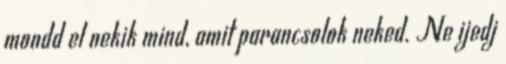
mondd el nekik mind, amit parancsolok neked. Ne ijedj